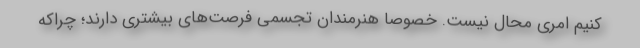
کنیم امری محال نیست. خصوصا هنرمندان تجسمی فرصت‌های بیشتری دارند؛ چراکه